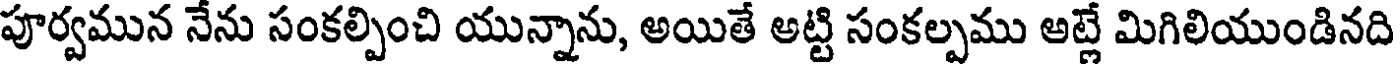
పూర్వమున నేను సంకల్పించి యున్నాను, అయితే అట్టి సంకల్పము అట్లే మిగిలియుండినది